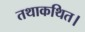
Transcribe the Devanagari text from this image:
तथाकथित।